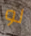
لو